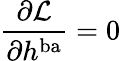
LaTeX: \frac{\partial{\cal L}}{\partial h^{\mathrm{ba}}}=0